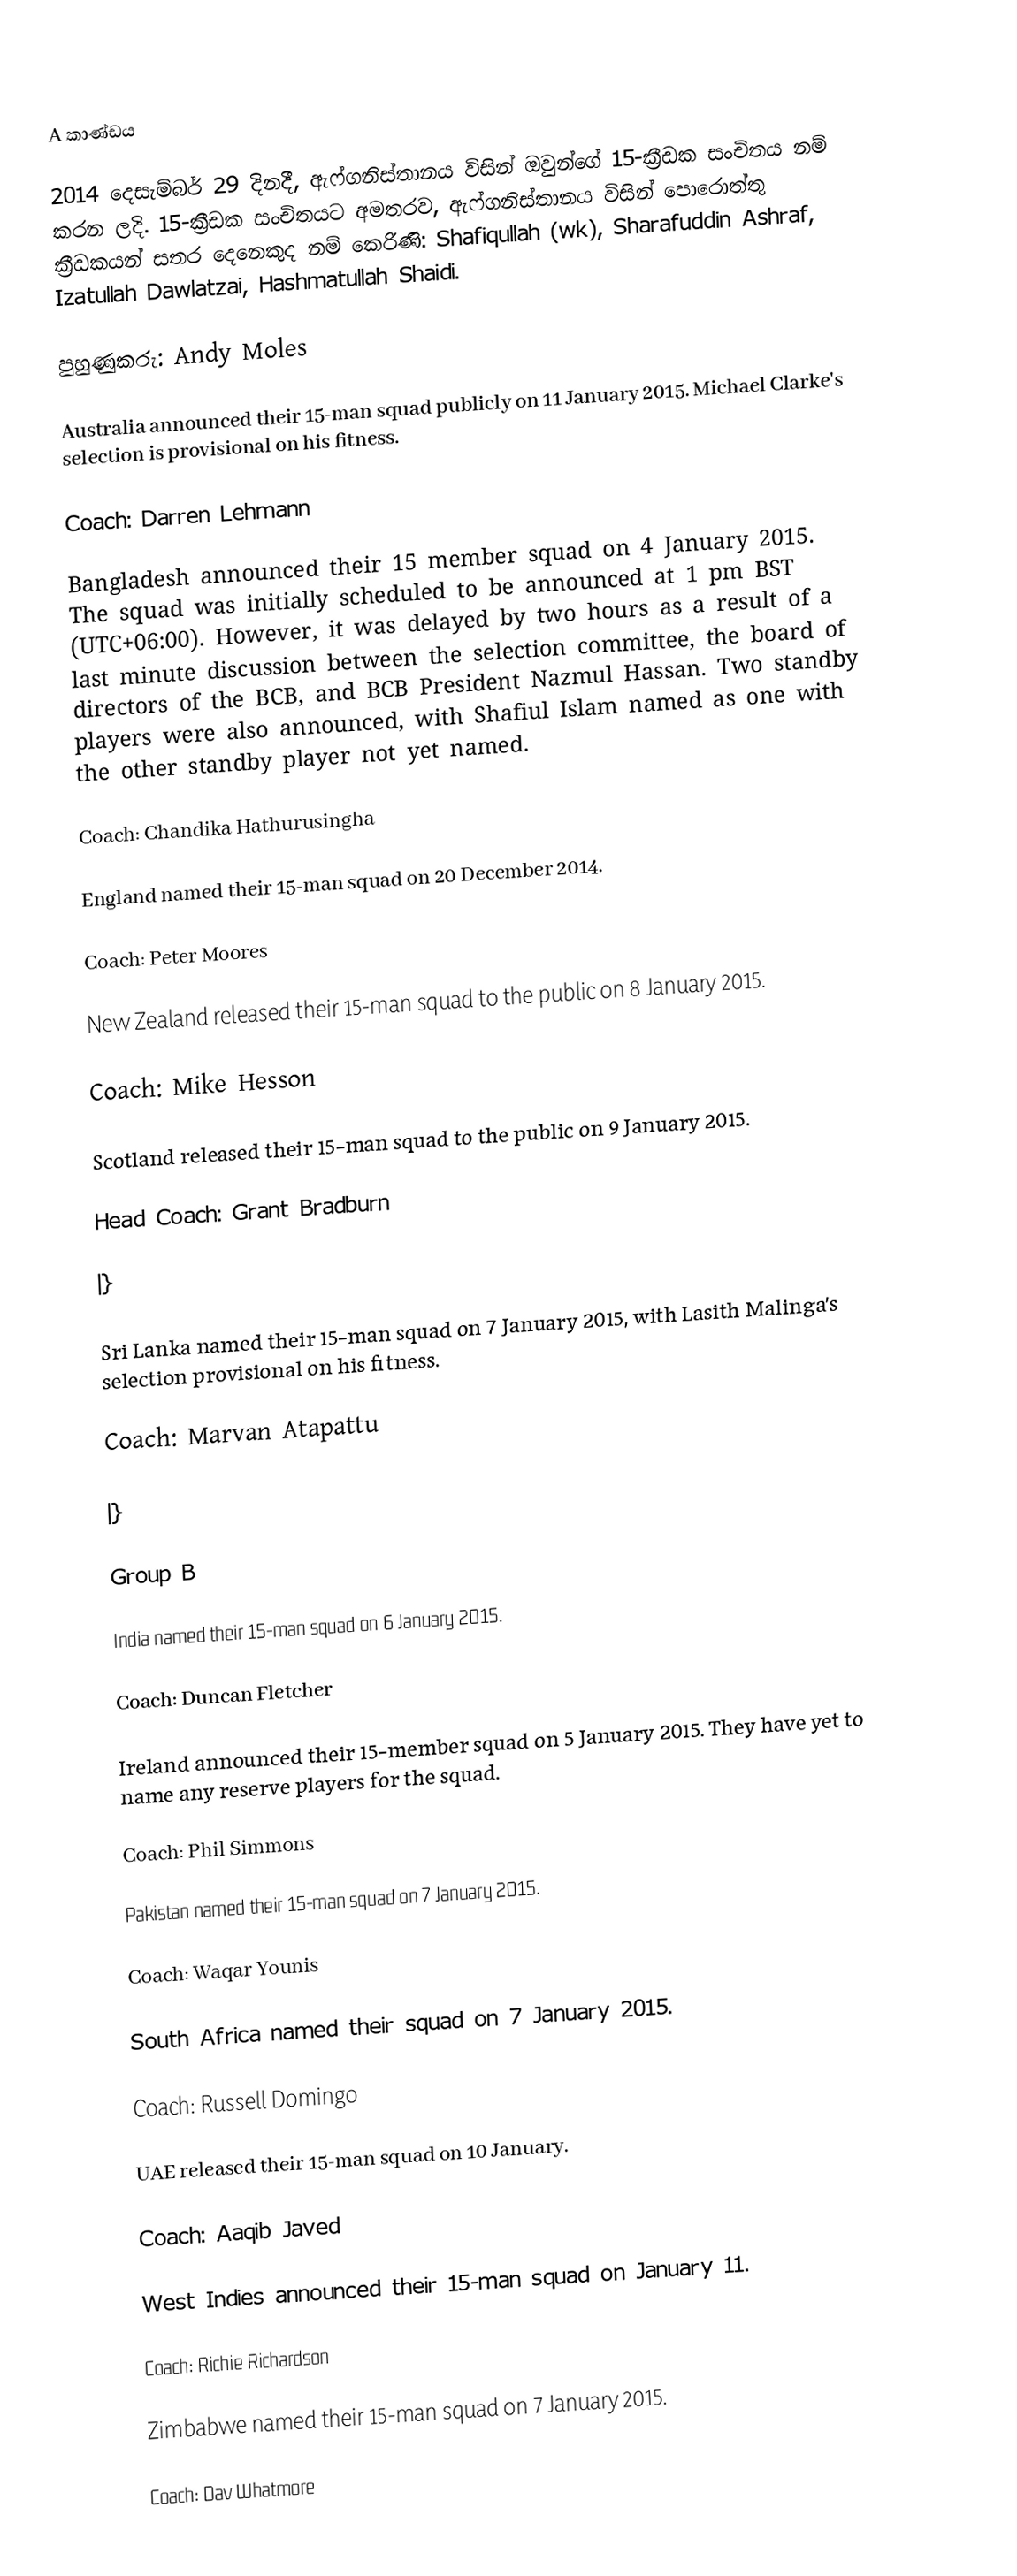

A කාණ්ඩය

2014 දෙසැම්බර් 29 දිනදී, ඇෆ්ගනිස්තානය විසින් ඔවුන්ගේ 15-ක්‍රීඩක සංචිතය නම් කරන ලදි. 15-ක්‍රීඩක සංචිතයට අමතරව, ඇෆ්ගනිස්තානය විසින් පොරොත්තු ක්‍රීඩකයන් සතර දෙනෙකුද නම් කෙරිණි: Shafiqullah (wk), Sharafuddin Ashraf, Izatullah Dawlatzai, Hashmatullah Shaidi.

පුහුණුකරු:  Andy Moles

Australia announced their 15-man squad publicly on 11 January 2015. Michael Clarke's selection is provisional on his fitness.

Coach:  Darren Lehmann

Bangladesh announced their 15 member squad on 4 January 2015. The squad was initially scheduled to be announced at 1 pm BST (UTC+06:00). However, it was delayed by two hours as a result of a last minute discussion between the selection committee, the board of directors of the BCB, and BCB President Nazmul Hassan. Two standby players were also announced, with Shafiul Islam named as one with the other standby player not yet named.

Coach:  Chandika Hathurusingha

England named their 15-man squad on 20 December 2014.

Coach:  Peter Moores

New Zealand released their 15-man squad to the public on 8 January 2015.

Coach:  Mike Hesson

Scotland released their 15-man squad to the public on 9 January 2015.

Head Coach:  Grant Bradburn

|}

Sri Lanka named their 15-man squad on 7 January 2015, with Lasith Malinga's selection provisional on his fitness.

Coach:  Marvan Atapattu

|}

Group B

India named their 15-man squad on 6 January 2015.

Coach:  Duncan Fletcher

Ireland announced their 15-member squad on 5 January 2015. They have yet to name any reserve players for the squad.

Coach:  Phil Simmons

Pakistan named their 15-man squad on 7 January 2015.

Coach:  Waqar Younis

South Africa named their squad on 7 January 2015.

Coach:  Russell Domingo

UAE released their 15-man squad on 10 January.

Coach:  Aaqib Javed

West Indies announced their 15-man squad on January 11.

Coach:  Richie Richardson

Zimbabwe named their 15-man squad on 7 January 2015.

Coach:  Dav Whatmore